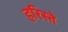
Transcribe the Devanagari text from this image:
हरिस्ते